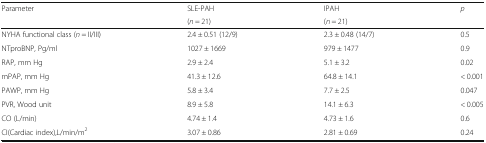
<table><thead><tr><td rowspan="2"><b>Parameter</b></td><td><b>SLE-PAH</b></td><td><b>IPAH</b></td><td rowspan="2"><b><i>p</i></b></td></tr><tr><td><b>(<i>n</i> = 21)</b></td><td><b>(<i>n</i> = 21)</b></td></tr></thead><tbody><tr><td>NYHA functional class (<i>n</i> = II/III)</td><td>2.4 ± 0.51 (12/9)</td><td>2.3 ± 0.48 (14/7)</td><td>0.5</td></tr><tr><td>NTproBNP, Pg/ml</td><td>1027 ± 1669</td><td>979 ± 1477</td><td>0.9</td></tr><tr><td>RAP, mm Hg</td><td>2.9 ± 2.4</td><td>5.1 ± 3.2</td><td>0.02</td></tr><tr><td>mPAP, mm Hg</td><td>41.3 ± 12.6</td><td>64.8 ± 14.1</td><td>&lt; 0.001</td></tr><tr><td>PAWP, mm Hg</td><td>5.8 ± 3.4</td><td>7.7 ± 2.5</td><td>0.047</td></tr><tr><td>PVR, Wood unit</td><td>8.9 ± 5.8</td><td>14.1 ± 6.3</td><td>&lt; 0.005</td></tr><tr><td>CO (L/min)</td><td>4.74 ± 1.4</td><td>4.73 ± 1.6</td><td>0.6</td></tr><tr><td>CI(Cardiac index),L/min/m<sup>2</sup></td><td>3.07 ± 0.86</td><td>2.81 ± 0.69</td><td>0.24</td></tr></tbody></table>